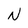
Character: N